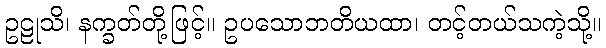
ဥဠုသိ၊ နက္ခတ်တို့ဖြင့်။ ဥပသောဘတိယထာ၊ တင့်တယ်သကဲ့သို့။